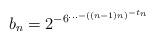
LaTeX: \begin{align*} b_n = 2^{-6^{\dots{-((n-1)n)^{-t_n}}}}\end{align*}